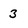
Character: 3